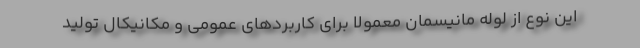
این نوع از لوله مانیسمان معمولا برای کاربردهای عمومی و مکانیکال تولید